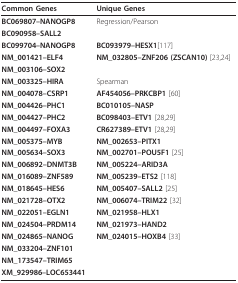
<table><thead><tr><td><b>Common Genes</b></td><td><b>Unique Genes</b></td></tr></thead><tbody><tr><td><b>BC069807--NANOGP8</b></td><td>Regression/Pearson</td></tr><tr><td><b>BC090958--SALL2</b></td><td></td></tr><tr><td><b>BC099704--NANOGP8</b></td><td><b>BC093979--HESX1</b>[117]</td></tr><tr><td><b>NM_001421--ELF4</b></td><td><b>NM_032805--ZNF206 (ZSCAN10) </b>[23,24]</td></tr><tr><td><b>NM_003106--SOX2</b></td><td></td></tr><tr><td><b>NM_003325--HIRA</b></td><td>Spearman</td></tr><tr><td><b>NM_004078--CSRP1</b></td><td><b>AF454056--PRKCBP1 </b>[60]</td></tr><tr><td><b>NM_004426--PHC1</b></td><td><b>BC010105--NASP</b></td></tr><tr><td><b>NM_004427--PHC2</b></td><td><b>BC098403--ETV1 </b>[28,29]</td></tr><tr><td><b>NM_004497--FOXA3</b></td><td><b>CR627389--ETV1 </b>[28,29]</td></tr><tr><td><b>NM_005375--MYB</b></td><td><b>NM_002653--PITX1</b></td></tr><tr><td><b>NM_005634--SOX3</b></td><td><b>NM_002701--POU5F1 </b>[25]</td></tr><tr><td><b>NM_006892--DNMT3B</b></td><td><b>NM_005224--ARID3A</b></td></tr><tr><td><b>NM_016089--ZNF589</b></td><td><b>NM_005239--ETS2 </b>[118]</td></tr><tr><td><b>NM_018645--HES6</b></td><td><b>NM_005407--SALL2 </b>[25]</td></tr><tr><td><b>NM_021728--OTX2</b></td><td><b>NM_006074--TRIM22 </b>[32]</td></tr><tr><td><b>NM_022051--EGLN1</b></td><td><b>NM_021958--HLX1</b></td></tr><tr><td><b>NM_024504--PRDM14</b></td><td><b>NM_021973--HAND2</b></td></tr><tr><td><b>NM_024865--NANOG</b></td><td><b>NM_024015--HOXB4 </b>[33]</td></tr><tr><td><b>NM_033204--ZNF101</b></td><td></td></tr><tr><td><b>NM_173547--TRIM65</b></td><td></td></tr><tr><td><b>XM_929986--LOC653441</b></td><td></td></tr></tbody></table>